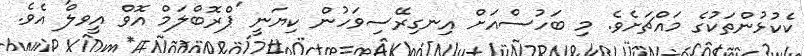
ކެކުޅުންތަކުގެ މައްޗަށެވެ. މި ބަހުސްއަށް އިނގިރޭސިވަހުން ކިޔަނީ 'ޕްރޮބްލަމް އޮވް އީވލް' އެވެ.